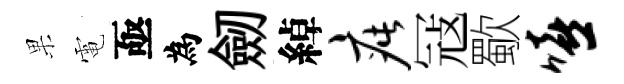
果電亟為劒綽疵冦歜嘻